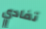
تفادي